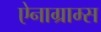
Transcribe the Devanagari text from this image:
ऐनाग्राम्स